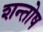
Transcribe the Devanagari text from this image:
शन्तोष